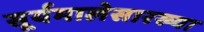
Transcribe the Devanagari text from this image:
सूर्यमालेसारख्या